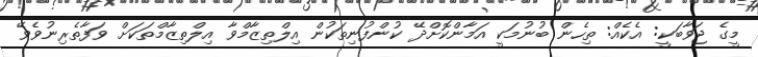
މީގެ ޖަވާބަކީ: އެކެއް: ތިހެން ބުނުމަކީ އަމާންކޮށްދޭ ކުންފުނިތަކުން އިލްތިޒާމްވާ އިލްތިޒާމްތަކަށް ވަފާތެރިނުވެވޭ